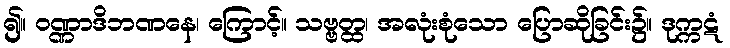
၍။ ဝဏ္ဏာဒိဘဏနေ၊ ကြောင့်။ သဗ္ဗတ္ထ၊ အလုံးစုံသော ပြောဆိုခြင်း၌။ ဒုက္ကဋံ